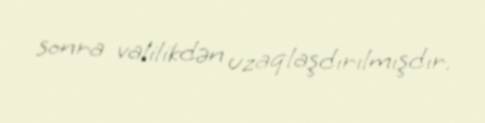
sonra valilikdən uzaqlaşdırılmışdır.